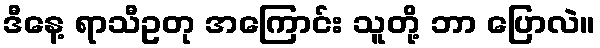
ဒီနေ့ ရာသီဥတု အကြောင်း သူတို့ ဘာ ပြောလဲ။